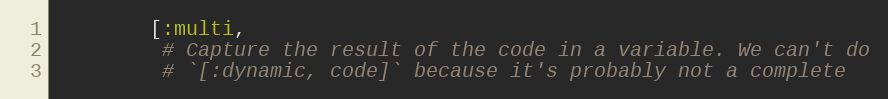
Language: Ruby
        [:multi,
         # Capture the result of the code in a variable. We can't do
         # `[:dynamic, code]` because it's probably not a complete